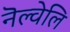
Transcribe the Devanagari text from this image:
नॆल्वेलि